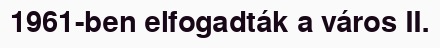
1961-ben elfogadták a város II.